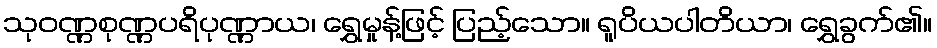
သုဝဏ္ဏစုဏ္ဏပရိပုဏ္ဏာယ၊ ရွှေမှုန့်ဖြင့် ပြည့်သော။ ရူပိယပါတိယာ၊ ရွှေခွက်၏။